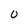
Character: o